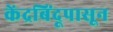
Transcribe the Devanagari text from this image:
केंद्रबिंदूपासून